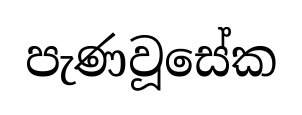
පැණවූසේක